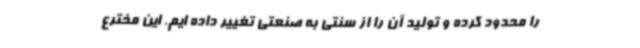
را محدود کرده و تولید آن را از سنتی به صنعتی تغییر داده ایم. این مخترع